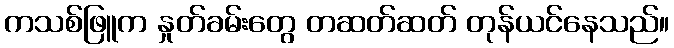
ကသစ်ဖြူက နှုတ်ခမ်းတွေ တဆတ်ဆတ် တုန်ယင်နေသည်။